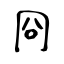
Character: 冏